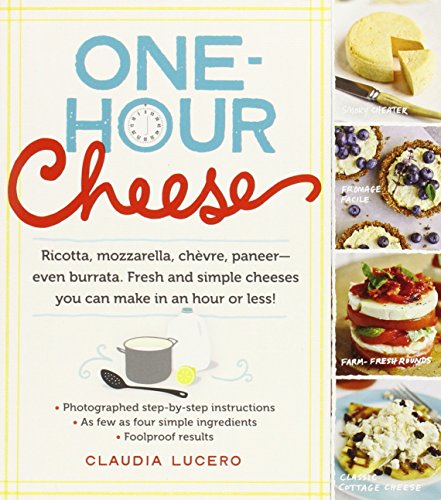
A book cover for One-Hour Cheese: Ricotta, Mozzarella, ChÃ¨vre, Paneer--Even Burrata. Fresh and Simple Cheeses You Can Make in an Hour or Less!; Claudia Lucero; Cookbooks, Food & Wine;